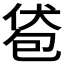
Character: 𰅞